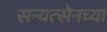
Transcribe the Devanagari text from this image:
सन्यत्सेनच्या